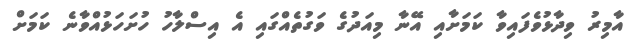
އާމިރު ވިދާޅުވެފައިވާ ކަމަށާއި އޭނާ މިއަދުގެ ވަގުތެއްގައި އެ އިސްލާހު ހުށަހަޅުއްވާނެ ކަމަށް